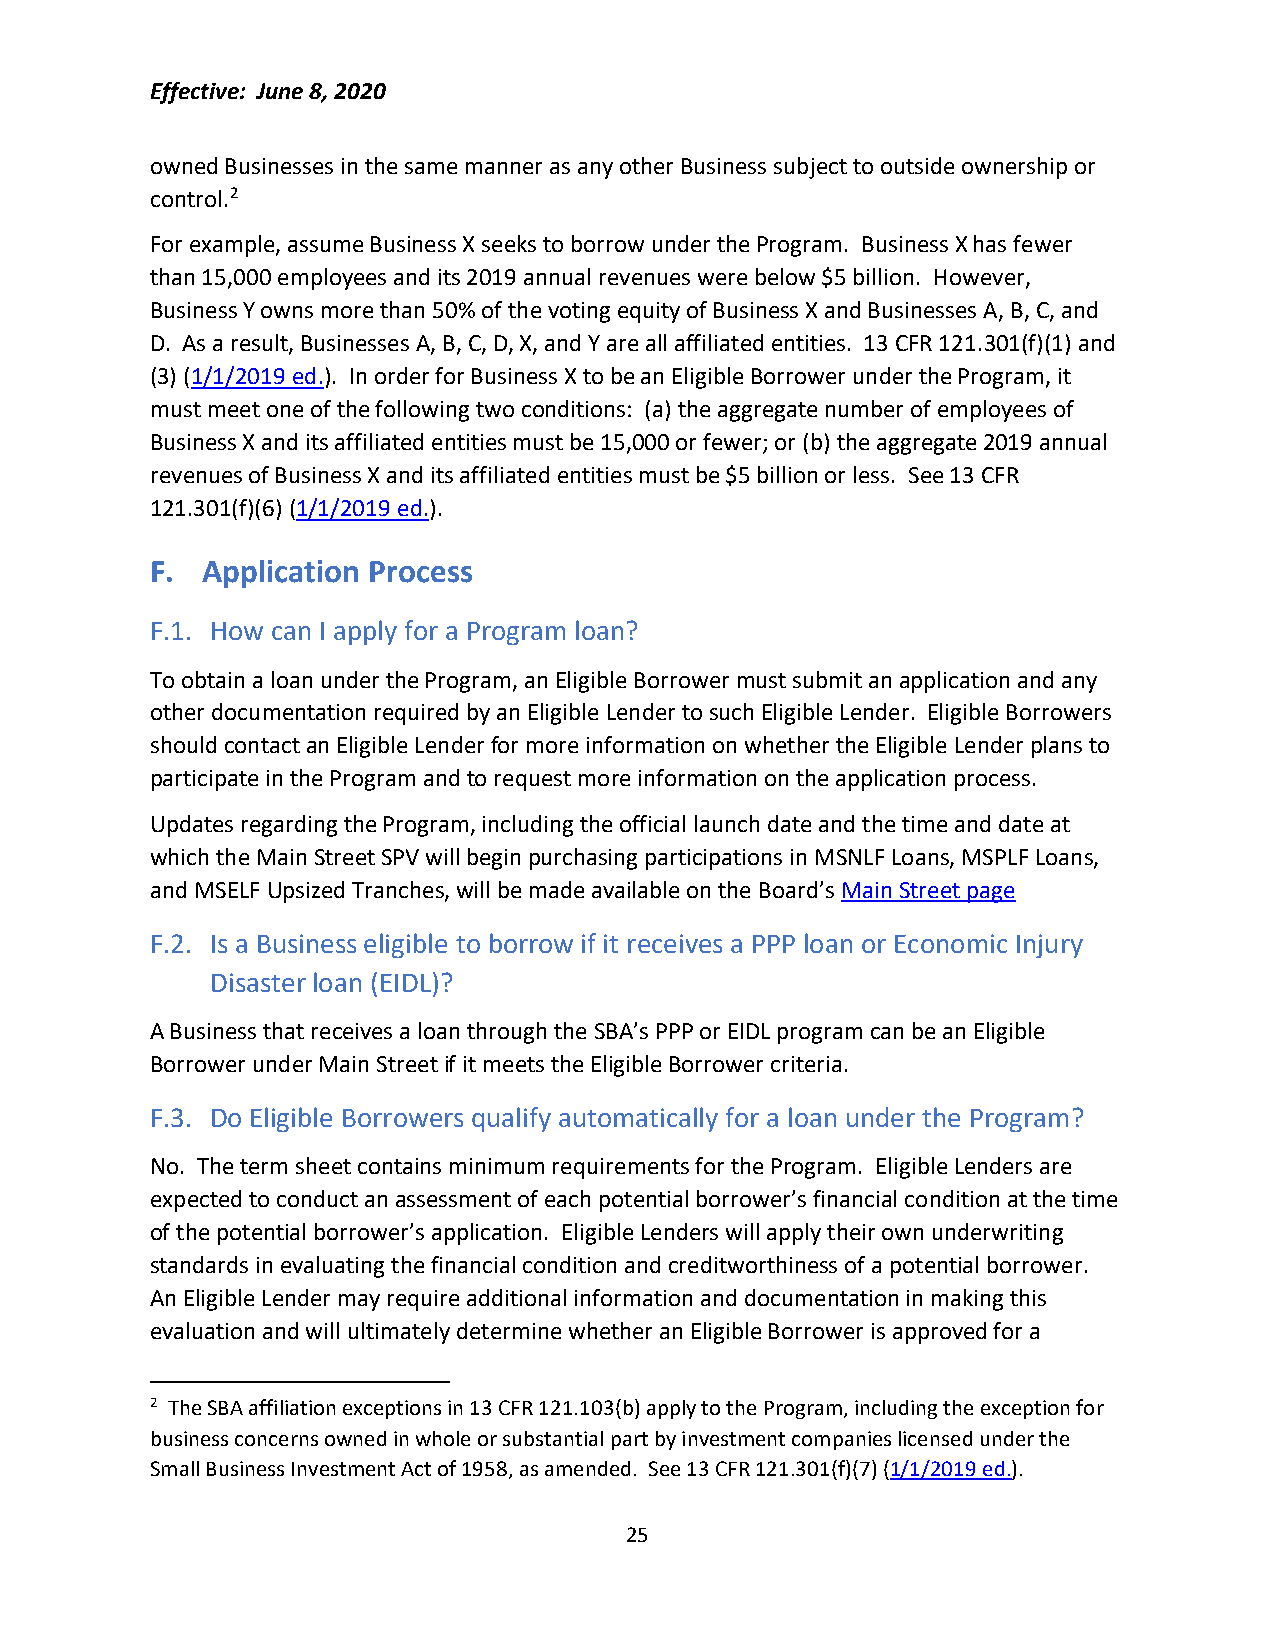
Effective: June 8, 2020
 owned Businesses in the same manner as any other Business subject to outside ownership or
 control.2
 For example, assume Business X seeks to borrow under the Program. Business X has fewer
 than 15,000 employees and its 2019 annual revenues were below $5 billion. However,
 Business Y owns more than 50% of the voting equity of Business X and Businesses A, B, C, and
 D. As a result, Businesses A, B, C, D, X, and Y are all affiliated entities. 13 CFR 121.301(f)(1) and
 (3) (1/1/2019 ed.). In order for Business X to be an Eligible Borrower under the Program, it
 must meet one of the following two conditions: (a) the aggregate number of employees of
 Business X and its affiliated entities must be 15,000 or fewer; or (b) the aggregate 2019 annual
 revenues of Business X and its affiliated entities must be $5 billion or less. See 13 CFR
 121.301(f)(6) (1/1/2019 ed.).
 F. Application Process
 F.1. How can I apply for a Program loan?
 To obtain a loan under the Program, an Eligible Borrower must submit an application and any
 other documentation required by an Eligible Lender to such Eligible Lender. Eligible Borrowers
 should contact an Eligible Lender for more information on whether the Eligible Lender plans to
 participate in the Program and to request more information on the application process.
 Updates regarding the Program, including the official launch date and the time and date at
 which the Main Street SPV will begin purchasing participations in MSNLF Loans, MSPLF Loans,
 and MSELF Upsized Tranches, will be made available on the Board’s Main Street page
 F.2. Is a Business eligible to borrow if it receives a PPP loan or Economic Injury
 Disaster loan (EIDL)?
 A Business that receives a loan through the SBA’s PPP or EIDL program can be an Eligible
 Borrower under Main Street if it meets the Eligible Borrower criteria.
 F.3. Do Eligible Borrowers qualify automatically for a loan under the Program?
 No. The term sheet contains minimum requirements for the Program. Eligible Lenders are
 expected to conduct an assessment of each potential borrower’s financial condition at the time
 of the potential borrower’s application. Eligible Lenders will apply their own underwriting
 standards in evaluating the financial condition and creditworthiness of a potential borrower.
 An Eligible Lender may require additional information and documentation in making this
 evaluation and will ultimately determine whether an Eligible Borrower is approved for a
 2 The SBA affiliation exceptions in 13 CFR 121.103(b) apply to the Program, including the exception for
 business concerns owned in whole or substantial part by investment companies licensed under the
 Small Business Investment Act of 1958, as amended. See 13 CFR 121.301(f)(7) (1/1/2019 ed.).
 25